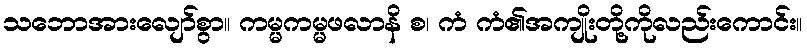
သဘောအားလျော်စွာ။ ကမ္မကမ္မဖလာနိ စ၊ ကံ ကံ၏အကျိုးတို့ကိုလည်းကောင်း။